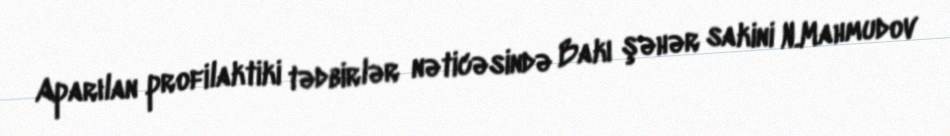
Aparılan profilaktiki tədbirlər nəticəsində Bakı şəhər sakini N.Mahmudov